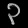
Digit: ၃